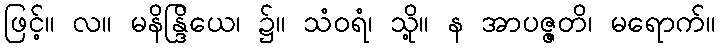
ဖြင့်။ လ။ မနိန္ဒြိယေ၊ ၌။ သံဝရံ၊ သို့။ န အာပဇ္ဇတိ၊ မရောက်။